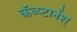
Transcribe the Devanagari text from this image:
कॅव्प्टार्नश्